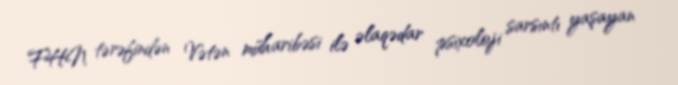
FHN tərəfindən Vətən müharibəsi ilə əlaqədar psixoloji sarsıntı yaşayan